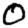
Digit: 0